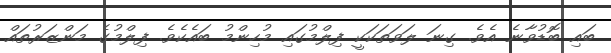
ބައި ބޮޑުވާނެ އެވެ. ގިނަ ލަވަތަކަކީ ފިލްމުގައި މުހިންމު ބައެކެވެ. ފިލްމުގެ މަންޒަރުތައް